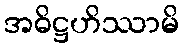
အဓိဋ္ဌဟိဿာမိ